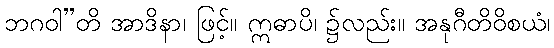
ဘဂဝါ”တိ အာဒိနာ၊ ဖြင့်။ ဣဓာပိ၊ ၌လည်း။ အနုဂီတိဝိစယံ၊